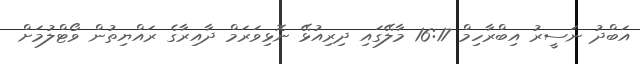
އަބްދު ނަސީރު އިބްރާހިމް 16:17 މާލޭގައި ދިރިއުޅޭ ނޮޅިވަރަމް ދާއިރާގެ ރައްޔިތުން ވޯޓްލުމަށް